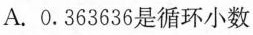
A.0.363636是循环小数